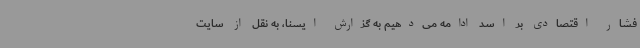
فشار اقتصادی بر اسد ادامه می‌دهیم به گزارش ایسنا، به نقل از سایت